画像に写った文字を読んでください
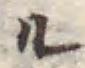
「ル」と書いてあります